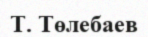
Т. Төлебаев